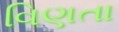
વિણતા